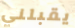
يقبلني